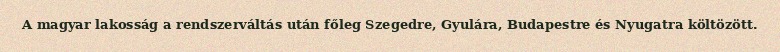
A magyar lakosság a rendszerváltás után főleg Szegedre, Gyulára, Budapestre és Nyugatra költözött.